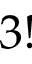
3 !